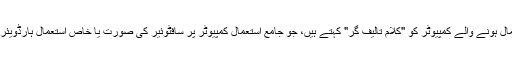
اس عمل کے لیے استعمال ہونے والے کمپیوٹر کو "کلام تالیف گر" کہتے ہیں، جو جامع استعمال کمپیوٹر پر سافٹوئیر کی صورت یا خاص استعمال ہارڈویئر پر مشتمل ہو سکتا ہے۔